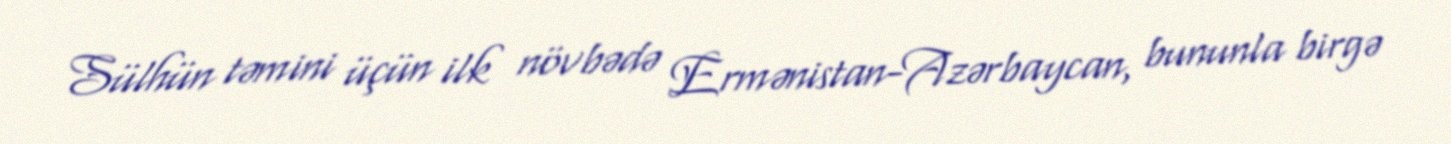
Sülhün təmini üçün ilk növbədə Ermənistan-Azərbaycan, bununla birgə